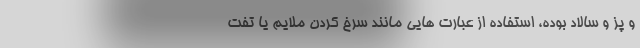
و پز و سالاد بوده، استفاده از عبارت هایی مانند سرخ کردن ملایم یا تفت